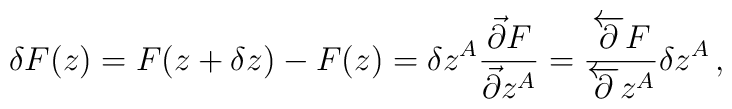
\delta F(z)=F(z+\delta z)-F(z)=\delta z^{A}\frac{\vec{\partial} F}{\vec{\partial} z^{A}}=\frac{\overleftarrow{\partial} F}{\overleftarrow{\partial} z^{A}}\delta z^{A}\,,